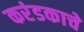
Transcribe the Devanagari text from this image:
करंडकाचे